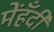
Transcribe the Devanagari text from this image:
मेंहँदी